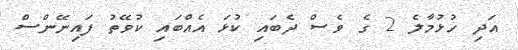
އަދި ހުޅުމާލެ 2 ގެ ވެސް ދެބައި ކުޅަ އެއްބައި ކުވޭތު ފައިނޭންސް